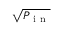
\sqrt { P _ { \mathrm { ~ i ~ n ~ } } }